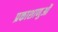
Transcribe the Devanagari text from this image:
प्रकाशाणुओं